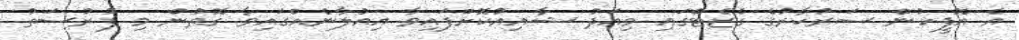
އެ އޮފީހުން ސަރުކާރުގެ ގެޒެޓްގައި މިއަދު ޝާއިއުކޮށްފައިވާ އިއުލާނެއްގައިވާ ގޮތުން މި ފުރުސަތު